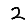
Digit: 2